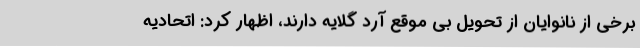
برخی از نانوایان از تحویل بی موقع آرد گلایه دارند، اظهار کرد: اتحادیه